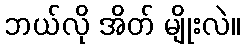
ဘယ်လို အိတ် မျိုးလဲ။